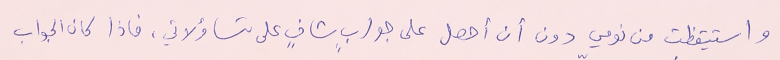
واستيقظت من نومي دون أن أحصل على جوابٍ شافٍ على تساؤلاتي، فاذا كان الجواب